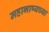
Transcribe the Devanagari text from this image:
महाभाष्यच्या